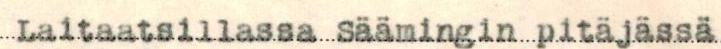
Laitaatsillassa Säämingin pitäjässä